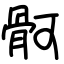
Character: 䯊